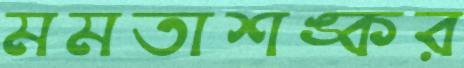
মমতাশঙ্কর